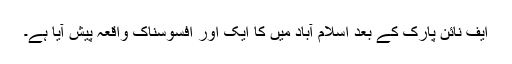
ایف نائن پارک کے بعد اسلام آباد میں کا ایک اور افسوسناک واقعہ پیش آیا ہے۔